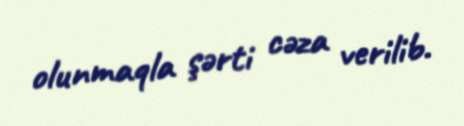
olunmaqla şərti cəza verilib.